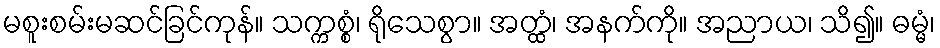
မစူးစမ်းမဆင်ခြင်ကုန်။ သက္ကစ္စံ၊ ရိုသေစွာ။ အတ္ထံ၊ အနက်ကို။ အညာယ၊ သိ၍။ ဓမ္မံ၊